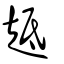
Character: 趆